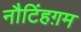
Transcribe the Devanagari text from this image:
नौटिंहग़म